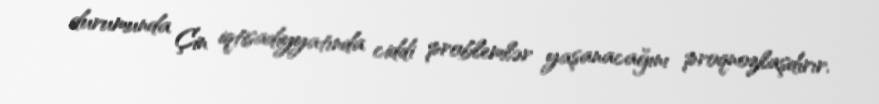
durumunda Çin iqtisadiyyatında ciddi problemlər yaşanacağını proqnozlaşdırır.